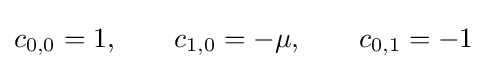
c_{0,0}=1,\qquad c_{1,0}=-\mu ,\qquad c_{0,1}=-1